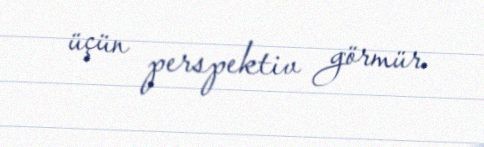
üçün perspektiv görmür.